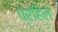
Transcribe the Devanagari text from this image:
प्रहिल